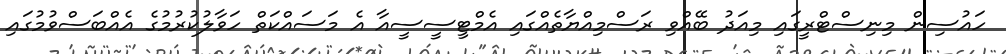
ހައުސިން މިނިސްޓްރީގައި މިއަދު ބޭއްވި ރަސްމިއްޔާތެއްގައި އެމްޓީސީސީއާ އެ މަސައްކަތް ހަވާލުކުރުމުގެ އެއްބަސްވުމުގައި